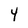
Character: 4